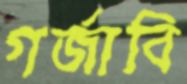
গর্জাবি